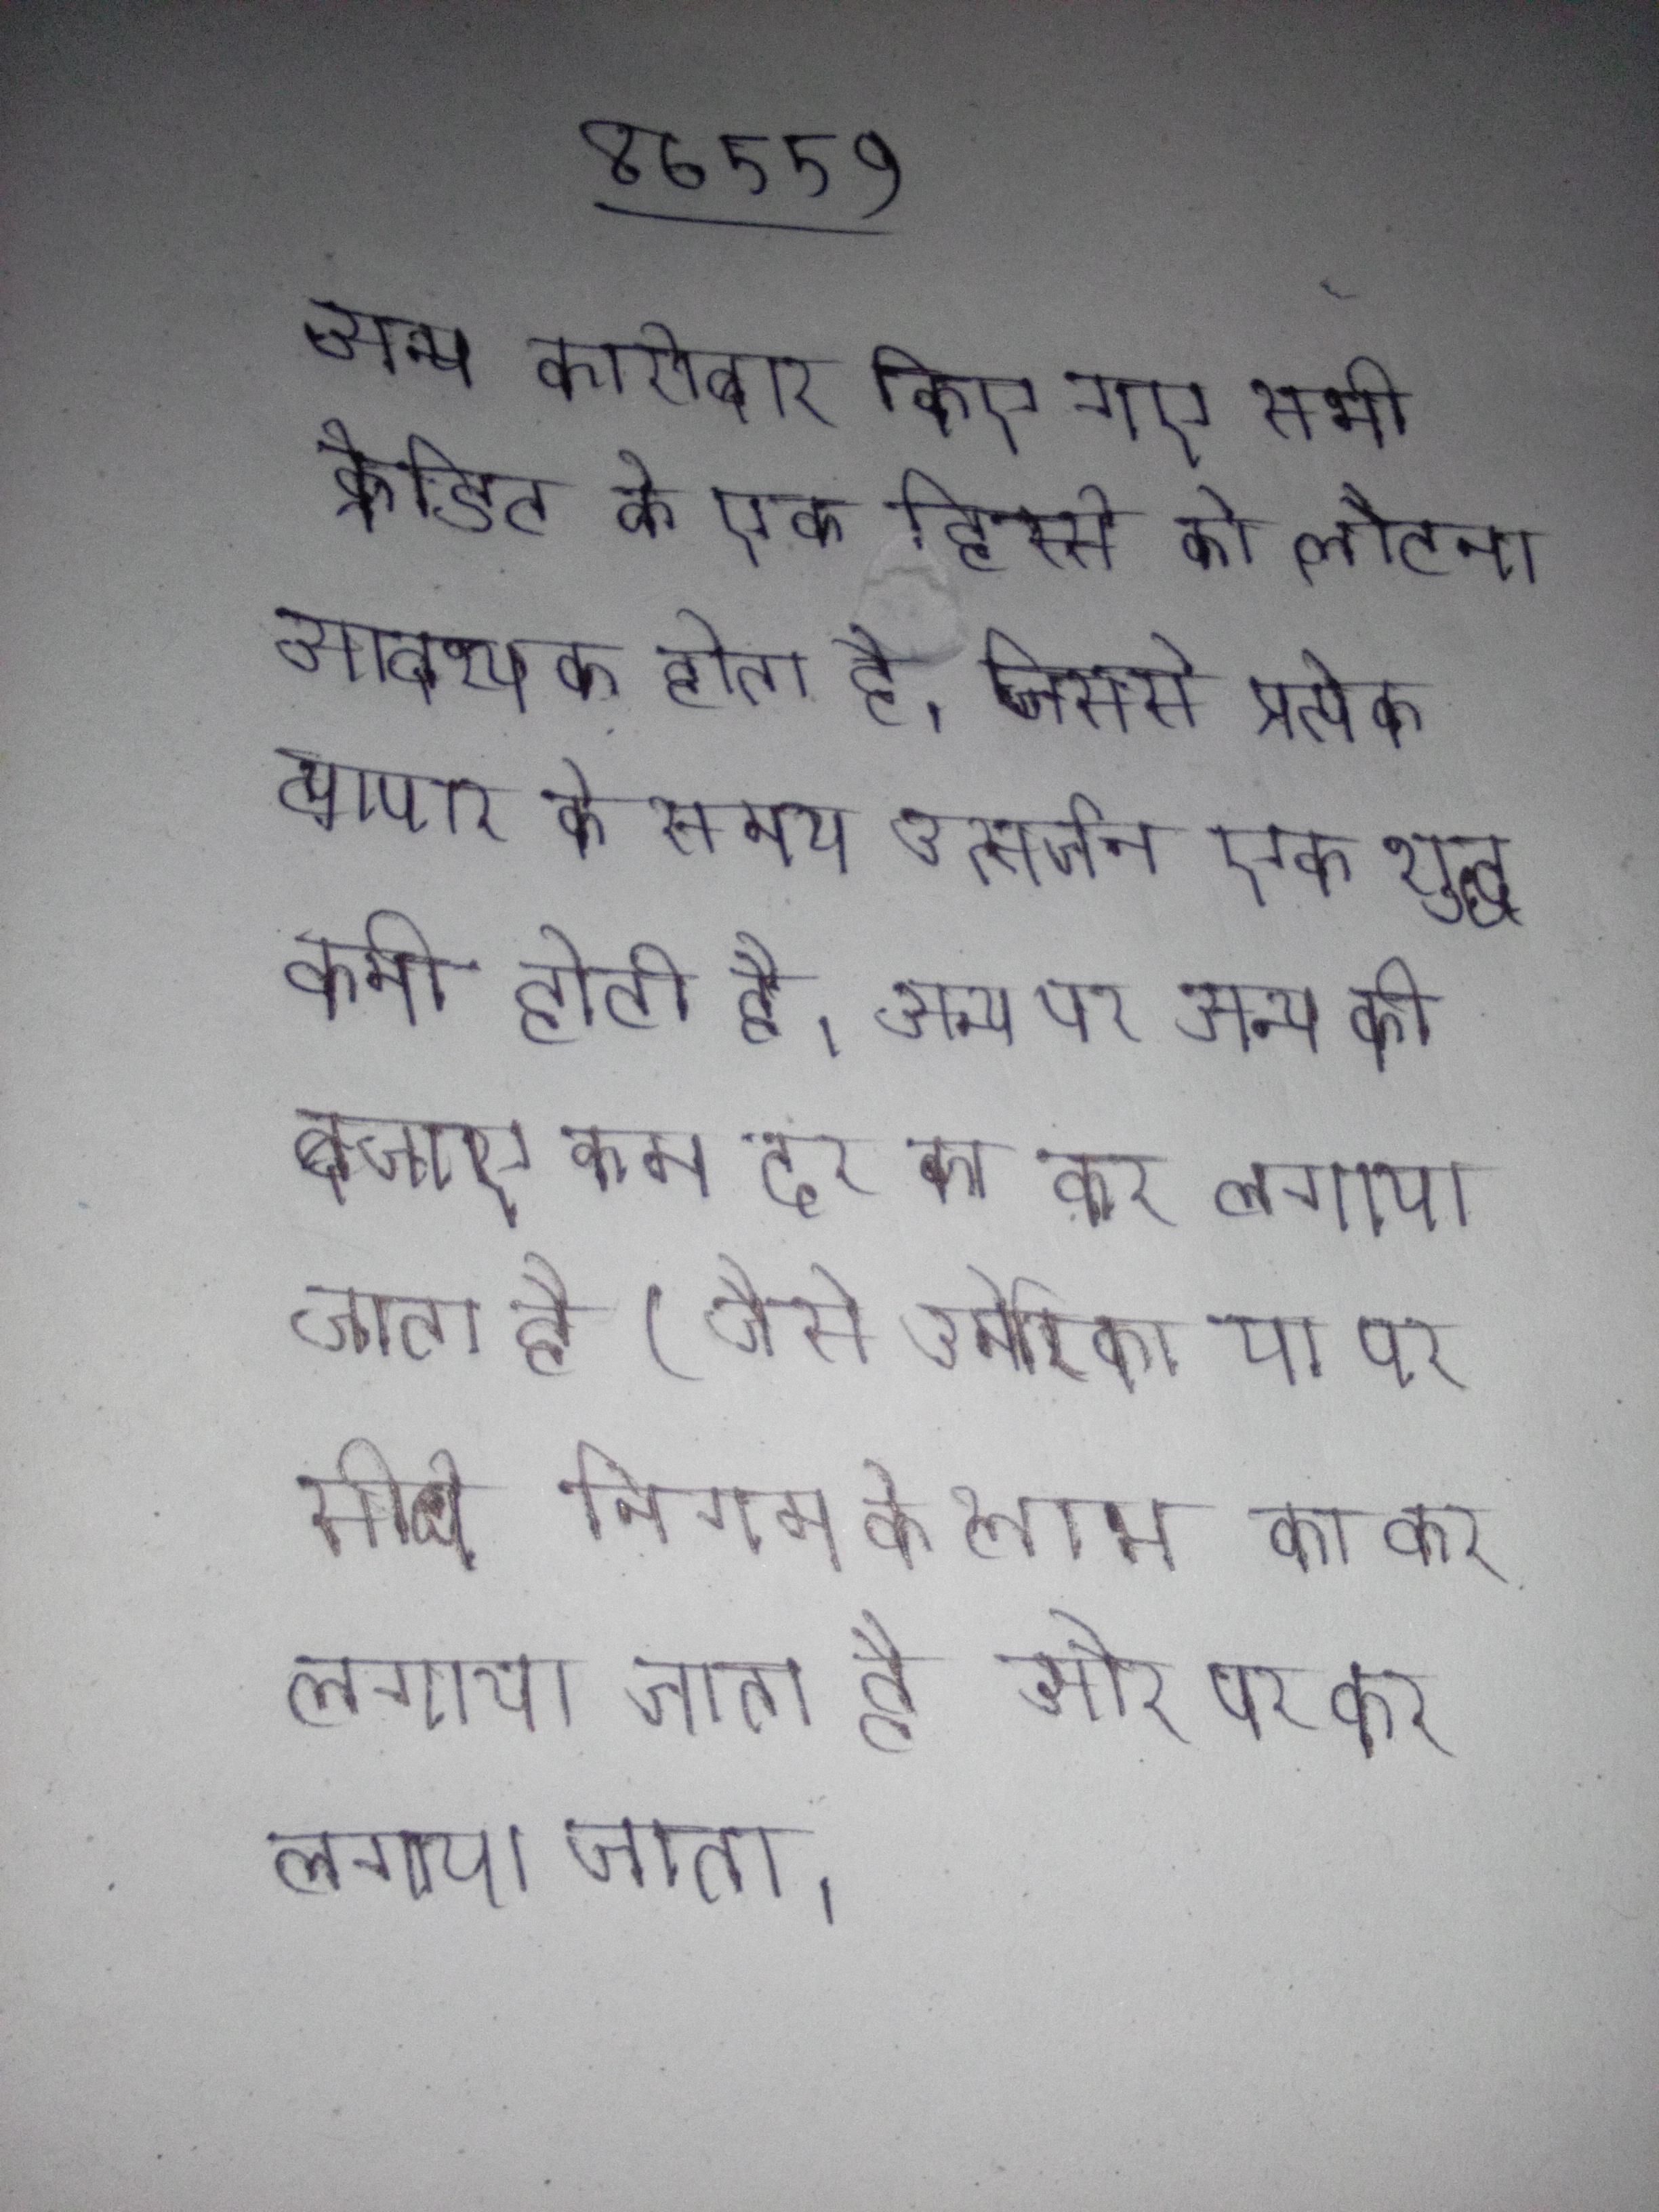
अन्य कारोबार किए गए सभी क्रेडिट के एक हिस्से को लौटाना आवश्यक होता है, जिससे प्रत्येक व्यापार के समय उत्सर्जन एक शुद्ध कमी होती है । अन्य पर अन्य की बजाए कम दर का कर लगाया जाता है (जैसे अमेरिका या पर सीधे निगम के लाभ का कर लगाया जाता है और पर कर लगाया जाता .